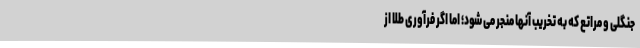
جنگلی و مراتع که به تخریب آنها منجر می شود؛ اما اگر فرآوری طلا از